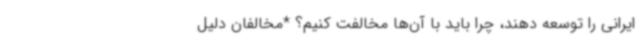
ایرانی را توسعه دهند، چرا باید با آن‌ها مخالفت کنیم؟ *مخالفان دلیل